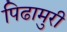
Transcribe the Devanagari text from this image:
पिढामुरी